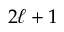
2 \ell + 1